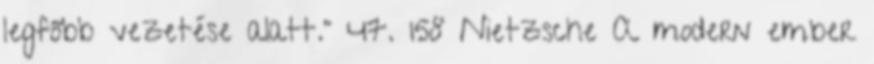
legfőbb vezetése alatt.” 47. 158 Nietzsche A modern ember